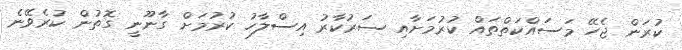
ކުރަން ޖެހޭ މަސައްކަތްތައް ކުރުމަށާއި ސަރުކާރު އިސްލާހު ކުރުމަށް ގާނޫނީ ގޮތުން ކުރެވޭނެ